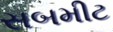
સબમીટ